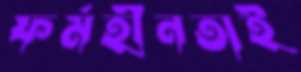
ফর্মহীনতাই